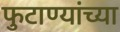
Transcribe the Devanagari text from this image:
फुटाण्यांच्या